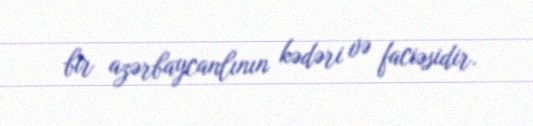
bir azərbaycanlının kədəri və faciəsidir.